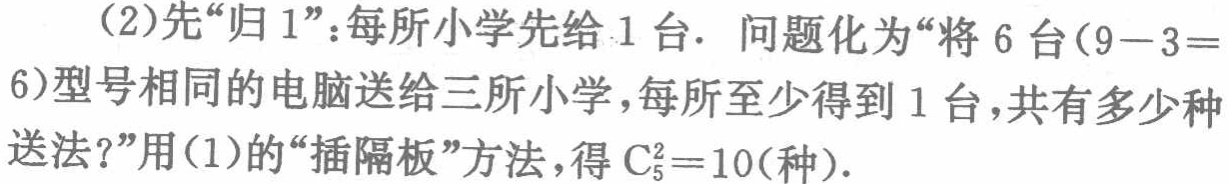
(2)先“归 1”：每所小学先给 1 台. 问题化为“将 6 台($9 - 3 = 6$)型号相同的电脑送给三所小学，每所至少得到 1 台，共有多少种送法？”用(1)的“插隔板”方法，得\(C_{5}^{2}=10\)(种).